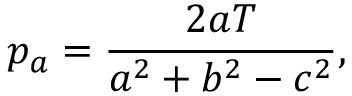
p _ { a } = { \frac { 2 a T } { a ^ { 2 } + b ^ { 2 } - c ^ { 2 } } } ,